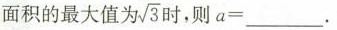
面积的最大值为 \sqrt{3}，则a=___。